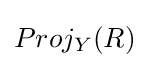
Proj_{Y}(R)